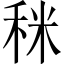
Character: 𥞪